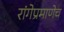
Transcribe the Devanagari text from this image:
रांगेप्रमाणेच